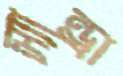
স্যান্ড্রা